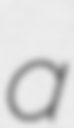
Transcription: a